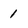
Character: 1